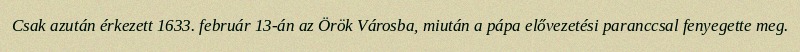
Csak azután érkezett 1633. február 13-án az Örök Városba, miután a pápa elővezetési paranccsal fenyegette meg.